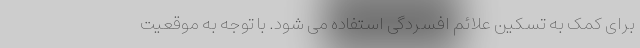
برای کمک به تسکین علائم افسردگی استفاده می شود. با توجه به موقعیت